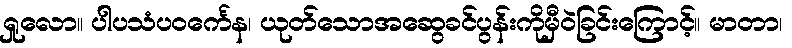
ရှုလော။ ပါပသံပဝင်္ကေန၊ ယုတ်သောအဆွေခင်ပွန်းကိုမှီဝဲခြင်းကြောင့်။ မာတာ၊